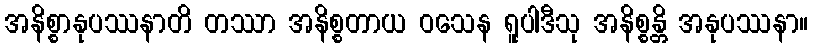
အနိစ္စာနုပဿနာတိ တဿာ အနိစ္စတာယ ဝသေန ရူပါဒီသု အနိစ္စန္တိ အနုပဿနာ။